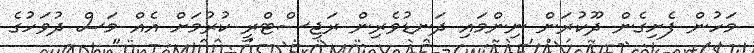
މަހުން ފެށިގެން ދޫކުރަން ނިންމައި ދަނޑުވެރިން ރަޖިސްޓްރީ ކުރުމަށް އެއް މަސް ދުވަހުގެ